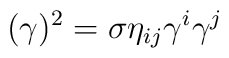
(\gamma)^2=\sigma \eta _{ij}\gamma ^i \gamma ^j